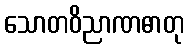
သောတဝိညာဏဓာတု